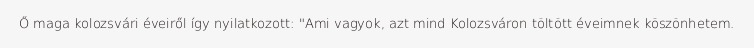
Ő maga kolozsvári éveiről így nyilatkozott: "Ami vagyok, azt mind Kolozsváron töltött éveimnek köszönhetem.